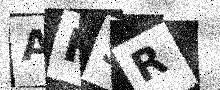
Text: AFSR